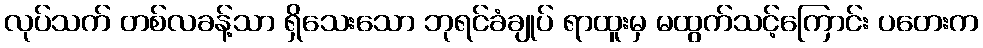
လုပ်သက် တစ်လခန့်သာ ရှိသေးသော ဘုရင်ခံချုပ် ရာထူးမှ မထွက်သင့်ကြောင်း ပတေးက